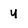
Character: u